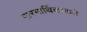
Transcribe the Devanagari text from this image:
पारमार्थिकाकडे